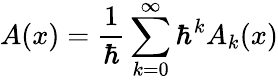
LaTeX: A(x)={\frac{1}{\hbar}}\sum_{k=0}^{\infty}\hbar^{k}A_{k}(x)